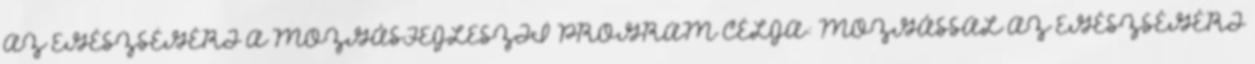
AZ EGÉSZSÉGÉRT A MOZGÁSFEJLESZTİ PROGRAM CÉLJA: MOZGÁSSAL AZ EGÉSZSÉGÉRT